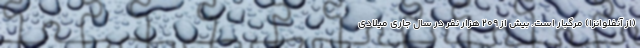
(از آنفلوانزا) مرگبار است. بیش از ۲۰۹ هزار نفر در سال جاری میلادی